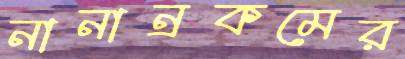
নানান্‌রকমের